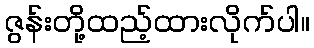
ဇွန်းတို့ထည့်ထားလိုက်ပါ။